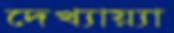
দেখ্যায়্যা